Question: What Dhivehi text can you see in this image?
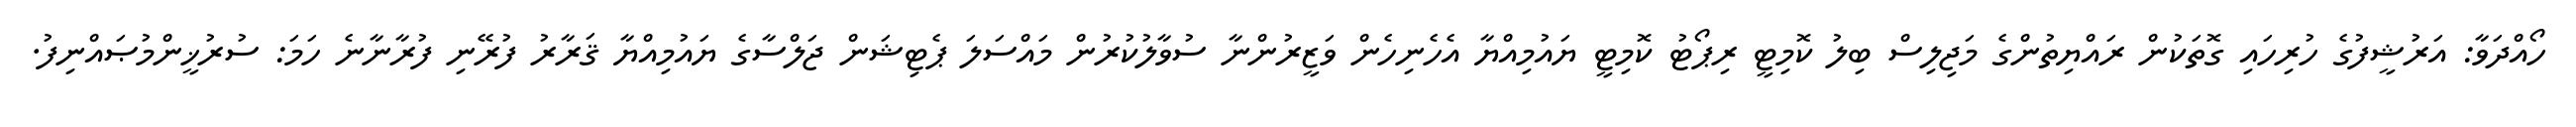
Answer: ހޯއްދަވާ: އަރުޝީފުގެ ހުރިހައި ގޮތަކުން ރައްޔިތުންގެ މަޖިލިސް ބިލު ކޮމިޓީ ރިޕޯޓު ކޮމިޓީ ޔައުމިއްޔާ އެހެނިހެން ވަޒީރުންނާ ސުވާލުކުރުން މައްސަލަ ޕެޓިޝަން ޖަލްސާގެ ޔައުމިއްޔާ ޤަރާރު ފުރޭނި ފުރާނާނެ ހަމަ: ސުރުޚީންމުޞައްނިފު.